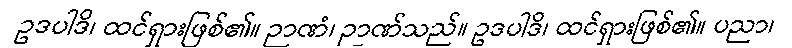
ဥဒပါဒိ၊ ထင်ရှားဖြစ်၏။ ဉာဏံ၊ ဉာဏ်သည်။ ဥဒပါဒိ၊ ထင်ရှားဖြစ်၏။ ပညာ၊